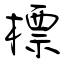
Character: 標